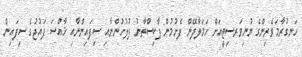
ހަނގުރާމަވެރިންގެ ޔުނިވަރސިޓީއަށް ހަމަލާދޭން ފެށުމުން ޕާކިސްތާނު ފުލުހުންނާއި ސިފައިންނާއި ޚާއްސަ ފައުޖުގެ ސިފައިން